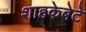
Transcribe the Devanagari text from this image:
शाहकेबेटे